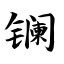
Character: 镧